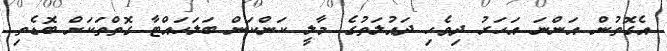
އެގޮތުން އަންނަ އަހަރު ދިވެހި ދައުލަތުގެ މާލީ ކަންކަން ބަލަހައްޓާ ގޮތްތަކަށް ބޮޑެތި